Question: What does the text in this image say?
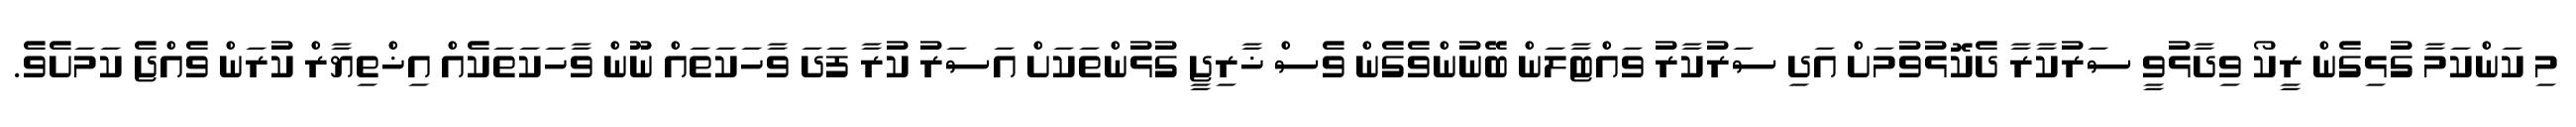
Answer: މި ކަންކަމާ ގުޅިގެން ރީކޯ ވިދާޅުވީ ސަރުކާރާ ދެކޮޅުވުމަށް އަދި ސަރުކާރު ވައްޓާލަން ބޭނުންވެގެން ވެސް ޚާރިޖީ ގުޅުންތަކަށް އަސަރު ކުރާ ފަދަ ވާހަކަތައް ނޫން ވާހަކަތަކެއް އިޚްތިޔާރް ކުރަން ވެއްޖެ ކަމަށެވެ.